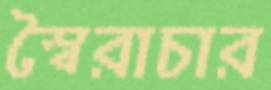
স্বৈরাচার